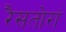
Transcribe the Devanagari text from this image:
रैसतोरां